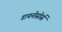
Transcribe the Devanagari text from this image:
डायनोसोर्स